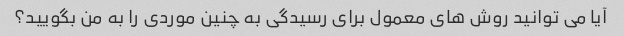
آیا می توانید روش های معمول برای رسیدگی به چنین موردی را به من بگویید؟